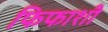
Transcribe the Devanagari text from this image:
फिफाशी